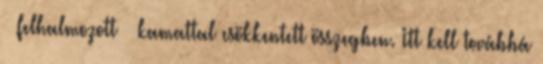
– felhalmozott – kamattal csökkentett összegben. Itt kell továbbá